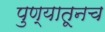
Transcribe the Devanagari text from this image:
पुण्यातूनच